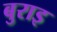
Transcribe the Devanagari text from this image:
बुराइ